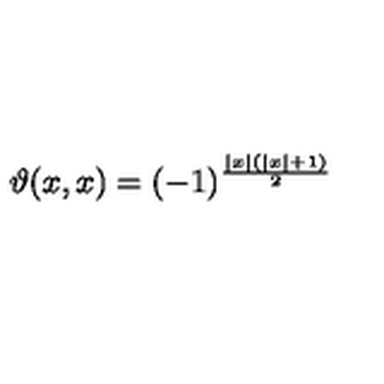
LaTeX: \vartheta ( x , x ) = ( - 1 ) ^ { \frac { \left| x \right| ( \left| x \right| + 1 ) } { 2 } }